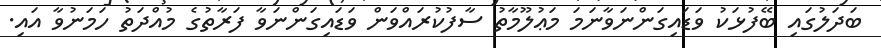
ބަދަލުގައި ބޭފުޅަކު ވަޑައިގަންނަވާނަމަ މަޢުލޫމާތު ސާފުކުރައްވަން ވަޑައިގަންނަވާ ފަރާތުގެ މުއްދަތު ހަމަނުވާ އައި.